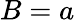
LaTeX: B=a